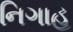
નિગાહ